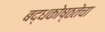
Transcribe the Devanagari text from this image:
बद्धकोष्ठतेचा